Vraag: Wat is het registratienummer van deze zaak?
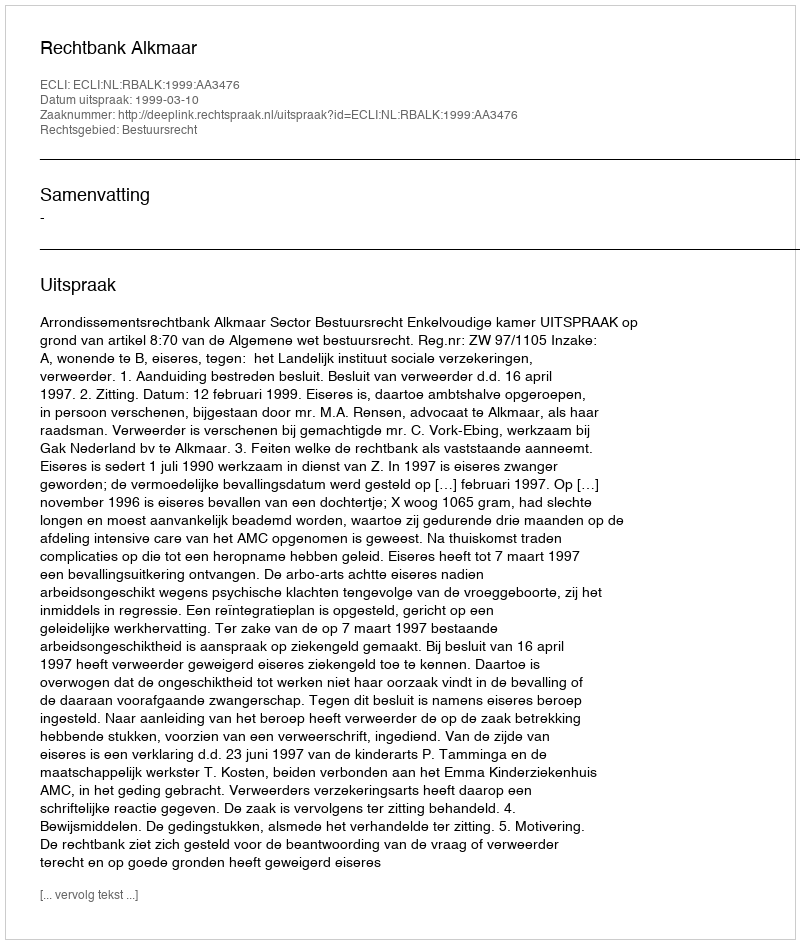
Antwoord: http://deeplink.rechtspraak.nl/uitspraak?id=ECLI:NL:RBALK:1999:AA3476